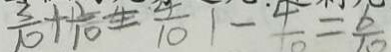
\frac { 3 } { 1 0 } + \frac { 2 } { 1 0 } = \frac { 4 } { 1 0 } 1 - \frac { 4 } { 1 0 } = \frac { 6 } { 1 0 }